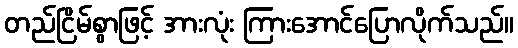
တည်ငြိမ်စွာဖြင့် အားလုံး ကြားအောင်ပြောလိုက်သည်။